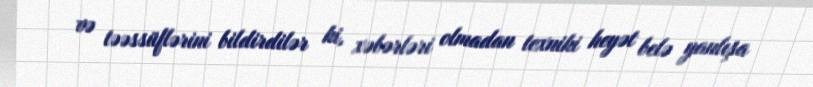
və təəssüflərini bildirdilər ki, xəbərləri olmadan texniki heyət belə yanlışa